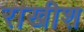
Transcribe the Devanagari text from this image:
राखीश